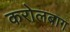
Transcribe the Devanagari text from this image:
करोलबाग